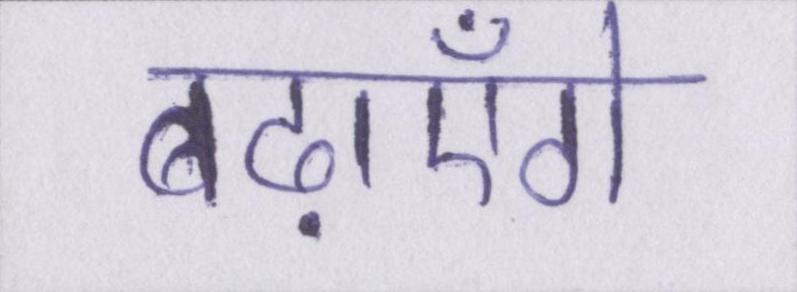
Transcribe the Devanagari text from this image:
बढ़ाएँगे